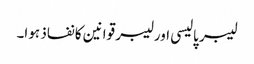
لیبر پالیسی اور لیبر قوانین کا نفاذ ہوا۔